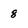
Character: 8